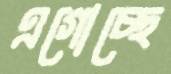
এগোচ্ছে